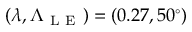
( \lambda , \Lambda _ { \mathrm { ~ L ~ E ~ } } ) = ( 0 . 2 7 , 5 0 ^ { \circ } )